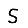
Digit: 5